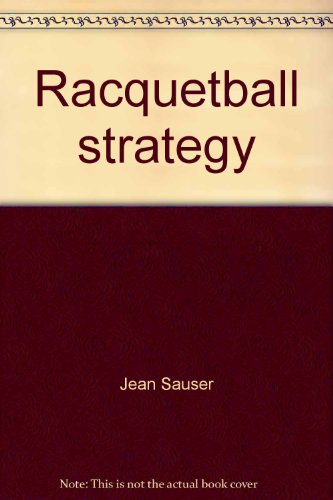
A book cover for Racquetball strategy; Jean Sauser; Sports & Outdoors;